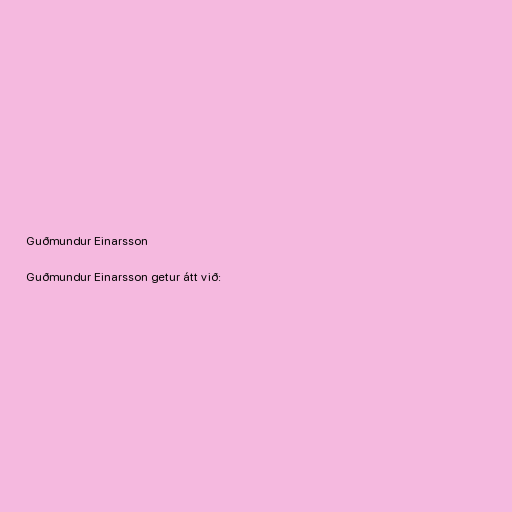
Guðmundur Einarsson

Guðmundur Einarsson getur átt við: